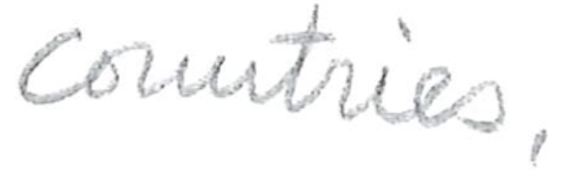
Text: countries,
Cross-out: clean
Writing tool: pencil